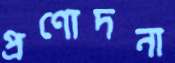
প্রণোদনা